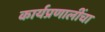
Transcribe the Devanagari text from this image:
कार्यप्रणालींचा